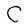
Character: C